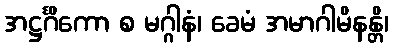
အဋ္ဌင်္ဂိကော စ မဂ္ဂါနံ၊ ခေမံ အမာဂါမိနန္တိ၊